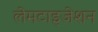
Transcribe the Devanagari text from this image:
लेमटाइजेशन